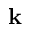
\mathbf { k }